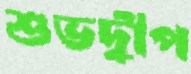
শুভদ্বীপ